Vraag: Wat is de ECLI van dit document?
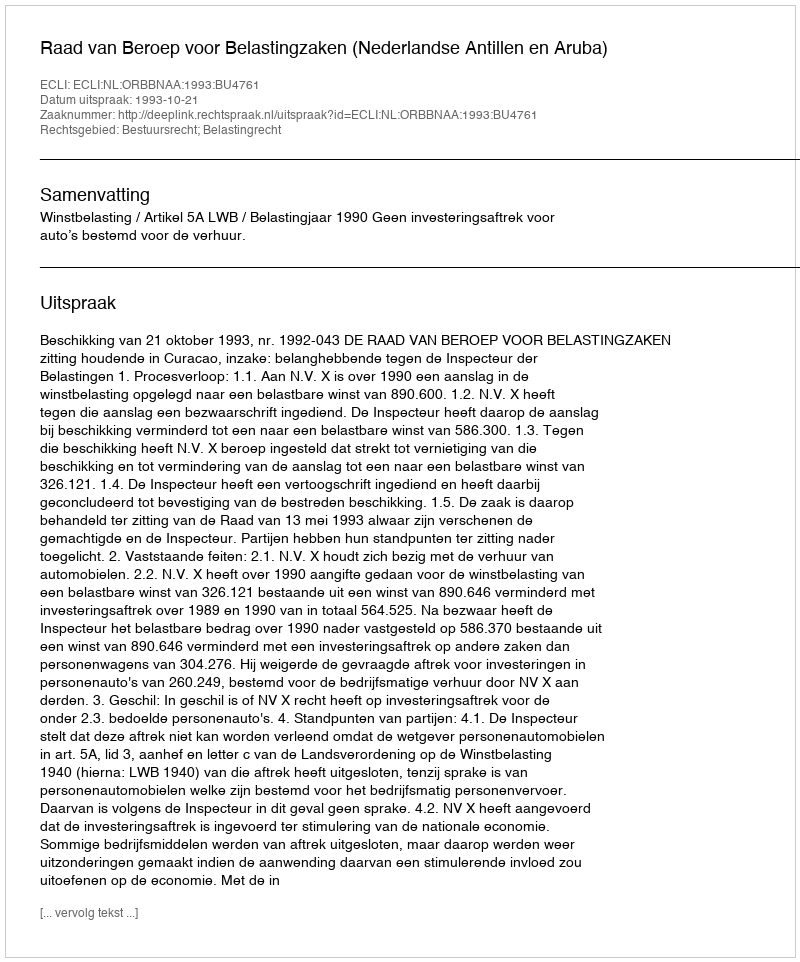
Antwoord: ECLI:NL:ORBBNAA:1993:BU4761